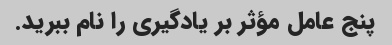
پنج عامل مؤثر بر یادگیری را نام ببرید.